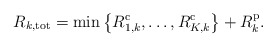
\begin{align*}R_{k,\mathrm{tot}}=\min\left\{R_{1,k}^{\mathrm{c}},\ldots,R_{K,k}^{\mathrm{c}}\right\}+R_{k}^{\mathrm{p}}.\end{align*}